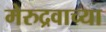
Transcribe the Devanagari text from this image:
मेरुद्रवाच्या